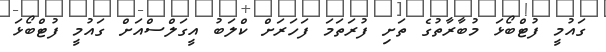
ގައުމީ ފުޓްބޯޅަ މުބާރާތުގެ ތަށި ފުރަތަމަ ފަހަރަށް ކްލަބު އީގަލްސްއަށް ގައުމީ ފުޓްބޯޅަ